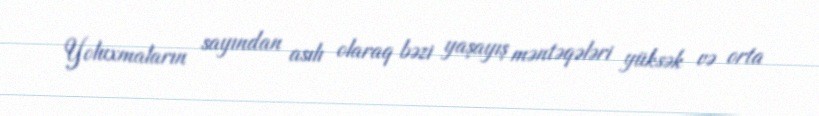
Yoluxmaların sayından asılı olaraq bəzi yaşayış məntəqələri yüksək və orta